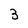
Character: 3